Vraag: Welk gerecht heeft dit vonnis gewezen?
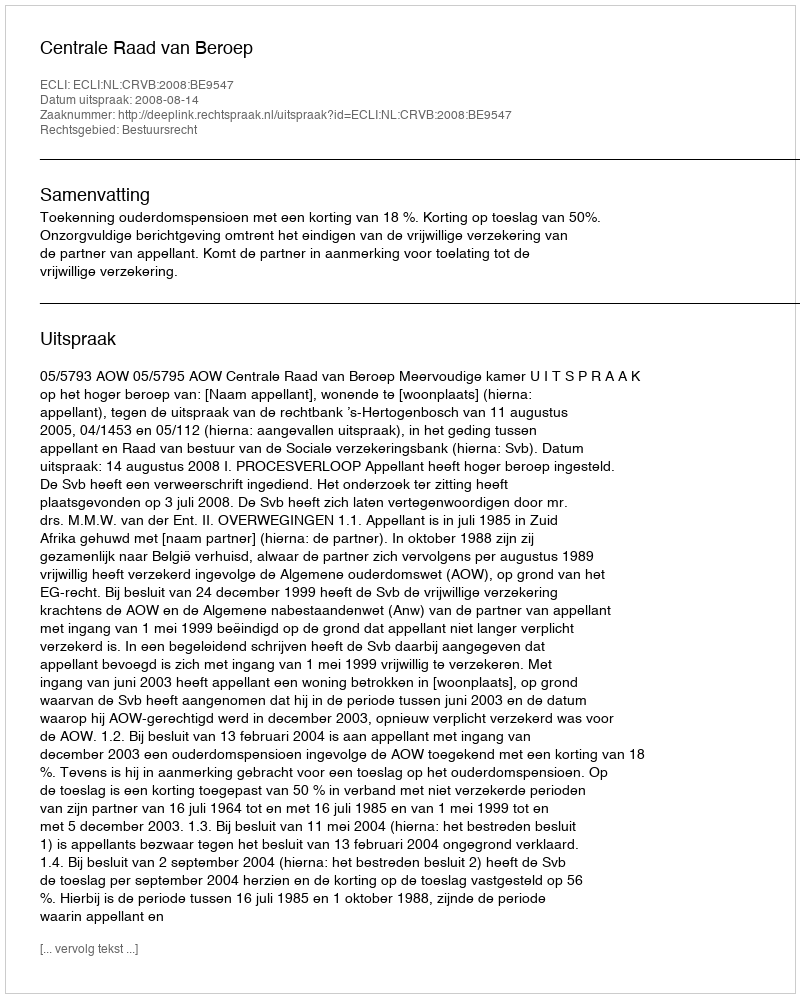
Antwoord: Centrale Raad van Beroep